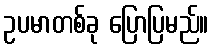
ဥပမာတစ်ခု ပြောပြမည်။